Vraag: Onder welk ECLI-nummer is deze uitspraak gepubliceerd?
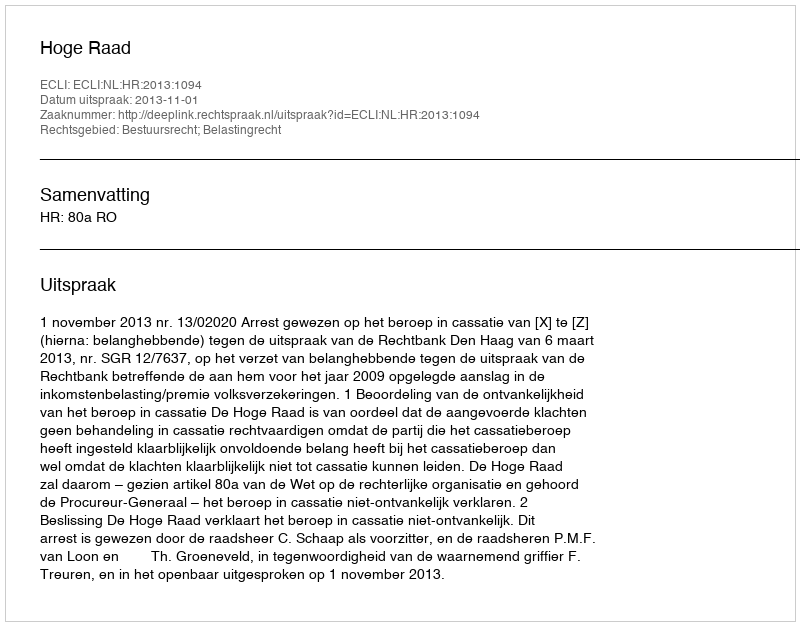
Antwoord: ECLI:NL:HR:2013:1094